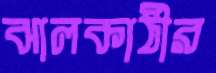
ঝালকাঠীর